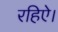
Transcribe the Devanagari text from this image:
रहिऐ।